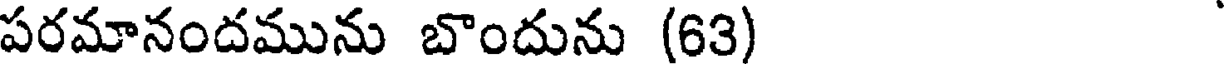
పరమానందమును బొందును (63)